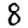
Digit: 8